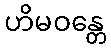
ဟိမဝန္တေ